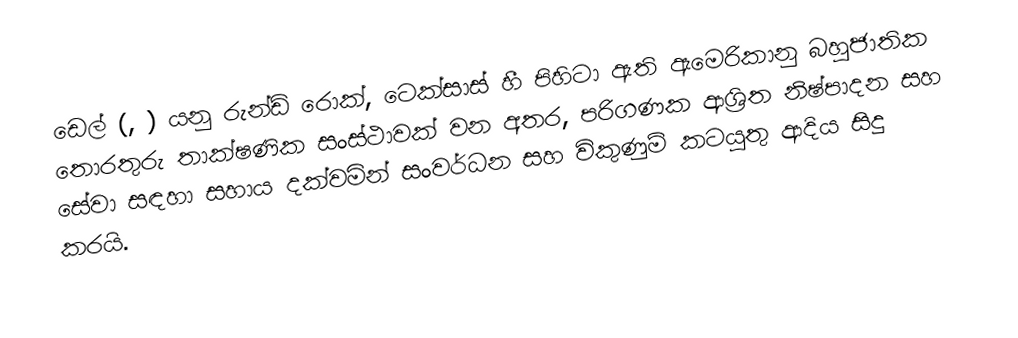
ඩෙල් (, ) යනු රුන්ඩ් රොක්, ටෙක්සාස් හී පිහිටා ඇති ඇමෙරිකානු බහුජාතික තොරතුරු තාක්ෂණික සංස්ථාවක් වන අතර, පරිගණක ආශ්‍රිත නිෂ්පාදන සහ සේවා සඳහා සහාය දක්වමින් සංවර්ධන සහ විකුණුම් කටයුතු ආදිය සිදු කරයි.